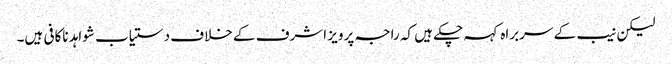
لیکن نیب کے سربراہ کہہ چکے ہیں کہ راجہ پرویز اشرف کے خلاف دستیاب شواہد ناکافی ہیں۔